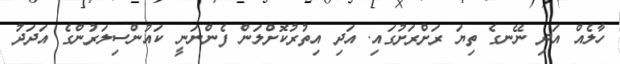
ހާލެއް އަދި ނޭނގެ ތިޔަ ރަށްރަށުގައި. އަދި އިތުރުކޮށްލަން ފެންނަނީ ކައުންސިލަރުންގެ އަދަދު